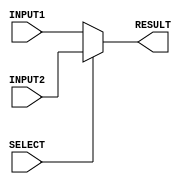
/*******************************/
/*  RV32IM Pipeline - Group 1  */
/*  2x1 MUX (32-bit)           */
/*******************************/

`timescale 1ns/100ps

module mux_2to1_32bit (INPUT1, INPUT2, RESULT, SELECT);

    input [31:0] INPUT1, INPUT2;
    input SELECT;
    output reg [31:0] RESULT;

    always @ (*)
    begin
        if (SELECT == 1'b0)
            RESULT = INPUT1;
        else
            RESULT = INPUT2;
    end

endmodule